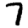
Digit: 7